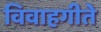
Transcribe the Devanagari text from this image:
विवाहगीते